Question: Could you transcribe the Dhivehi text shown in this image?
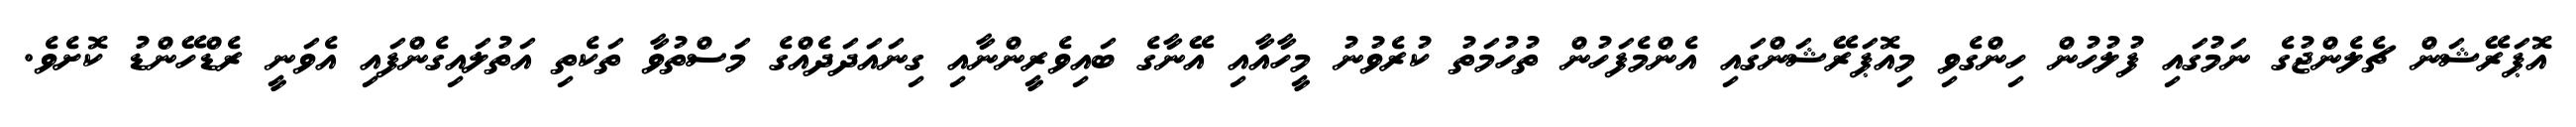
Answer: އޮޕަރޭޝަން ޗެލެންޖުގެ ނަމުގައި ފުލުހުން ހިންގެވި މިއޮޕަރޭޝަންގައި އެންމެފަހުން ތުހުމަތު ކުރެވުނު މީހާއާއި އޭނާގެ ބައިވެރީންނާއި ގިނައަދަދެއްގެ މަސްތުވާ ތަކެތި އަތުލައިގެންފައި އެވަނީ ރެޑްހޭންޑު ކޮށެވެ.